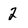
Character: 2